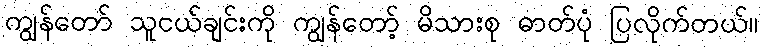
ကျွန်တော် သူငယ်ချင်းကို ကျွန်တော့် မိသားစု ဓာတ်ပုံ ပြလိုက်တယ်။